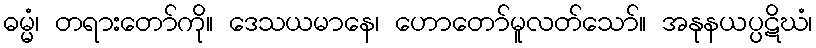
ဓမ္မံ၊ တရားတော်ကို။ ဒေသယမာနေ၊ ဟောတော်မူလတ်သော်။ အနုနယပ္ပဋိဃံ၊